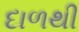
દાળથી